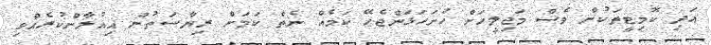
އަދި ކޮމިޓީތަކުން ވެސް މަޖިލީހަށް ހުށަހަޅަންޖެހޭ ކަމެއް ނެތް ކަމަށް ރިޔާސަތުން އިއުލާންކުރެއްވި